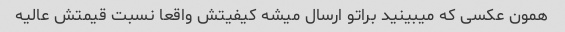
همون عکسی که میبینید براتو ارسال میشه کیفیتش واقعا نسبت قیمتش عالیه